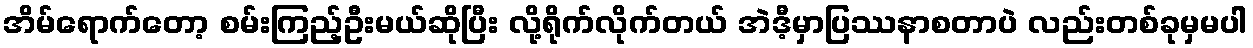
အိမ်ရောက်တော့ စမ်းကြည့်ဦးမယ်ဆိုပြီး လို့ရိုက်လိုက်တယ် အဲဒီ့မှာပြဿနာစတာပဲ လည်းတစ်ခုမှမပါ